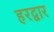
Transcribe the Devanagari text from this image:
हरद्वार